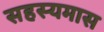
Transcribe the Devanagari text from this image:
सहस्यमास